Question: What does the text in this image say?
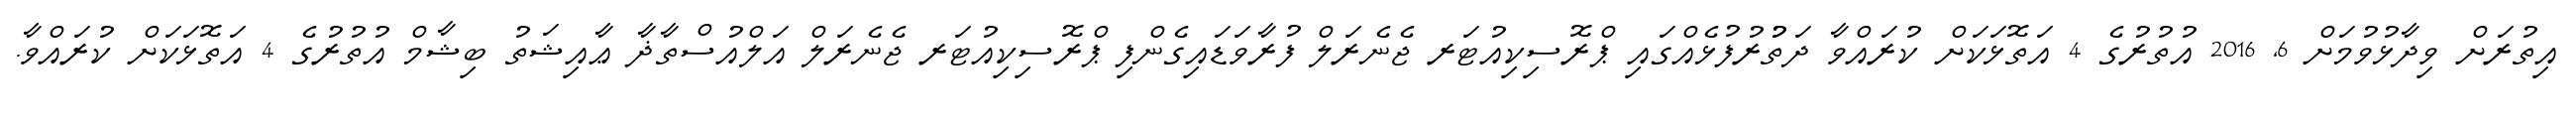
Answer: އިތުރަށް ވިދާޅުވުމަށް 6, 2016 އުތުރުގެ 4 އަތޮޅަކަށް ކުރައްވާ ދަތުުރުފުޅެއްގައި ޕްރޮސިކިއުޓަރ ޖެނެރަލް ފުރާވަޑައިގެންފި ޕްރޮސިކިއުޓަރ ޖެނެރަލް އަލްއުސްތާޛާ ޢާއިޝަތު ބިޝާމް އުތުރުގެ 4 އަތޮޅަކަށް ކުރައްވާ.